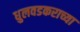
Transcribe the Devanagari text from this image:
धुलवडकराच्या